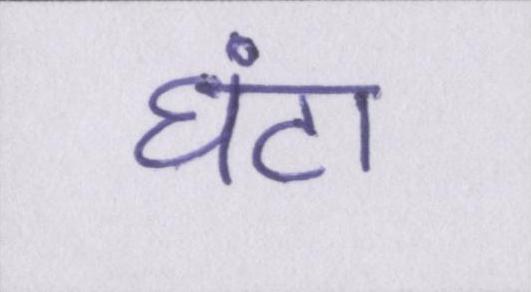
घंटा